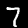
Label: 7